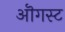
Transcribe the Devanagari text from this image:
ऒगस्ट